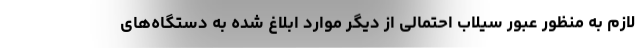
لازم به منظور عبور سیلاب احتمالی از دیگر موارد ابلاغ شده به دستگاه‌های